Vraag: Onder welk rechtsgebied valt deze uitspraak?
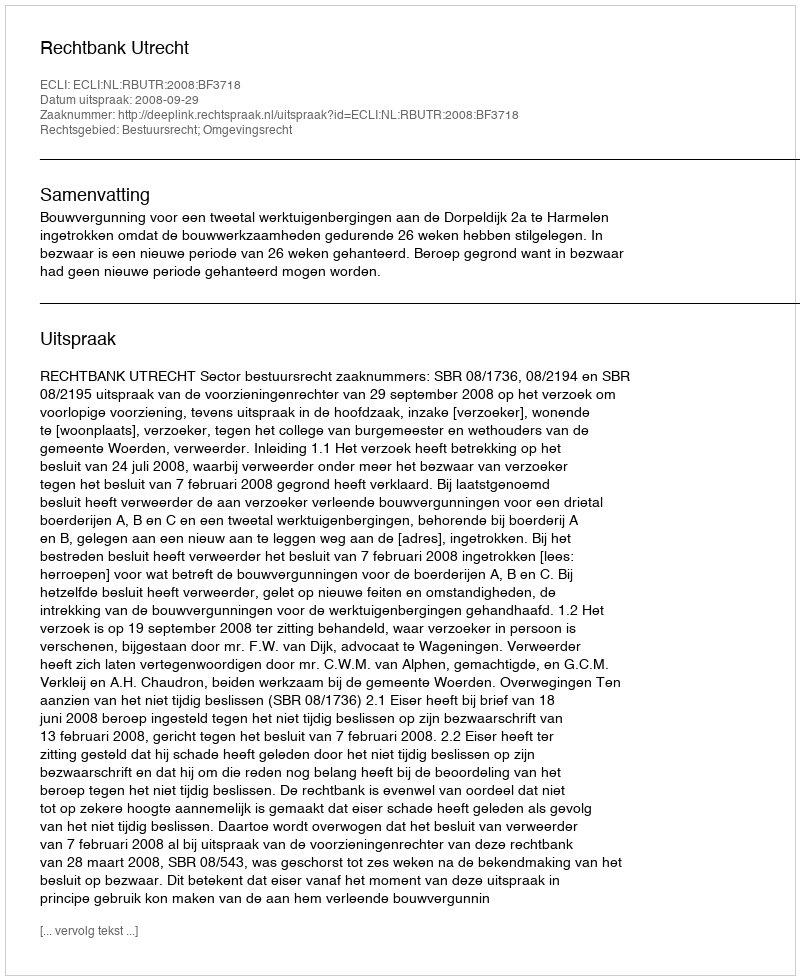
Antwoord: Bestuursrecht; Omgevingsrecht